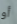
أو